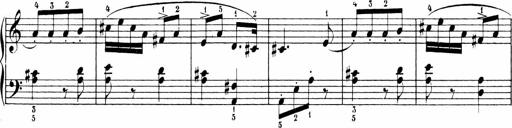
Title: 6 Sonatinas
Composer: Carl Reinecke